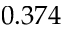
0 . 3 7 4